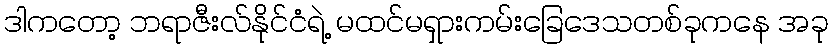
ဒါကတော့ ဘရာဇီးလ်နိုင်ငံရဲ့ မထင်မရှားကမ်းခြေဒေသတစ်ခုကနေ အခု